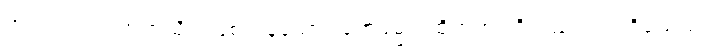
အကုသလာ၊ အကုသိုလ်ဖြစ်ကုန်သော။ တေဓမ္မာ၊ ထိုတရားတို့သည်။ အပရိသေသာ၊